Report on vaccination in Madras 1895-1903 - 1895-1903
Year: 1895
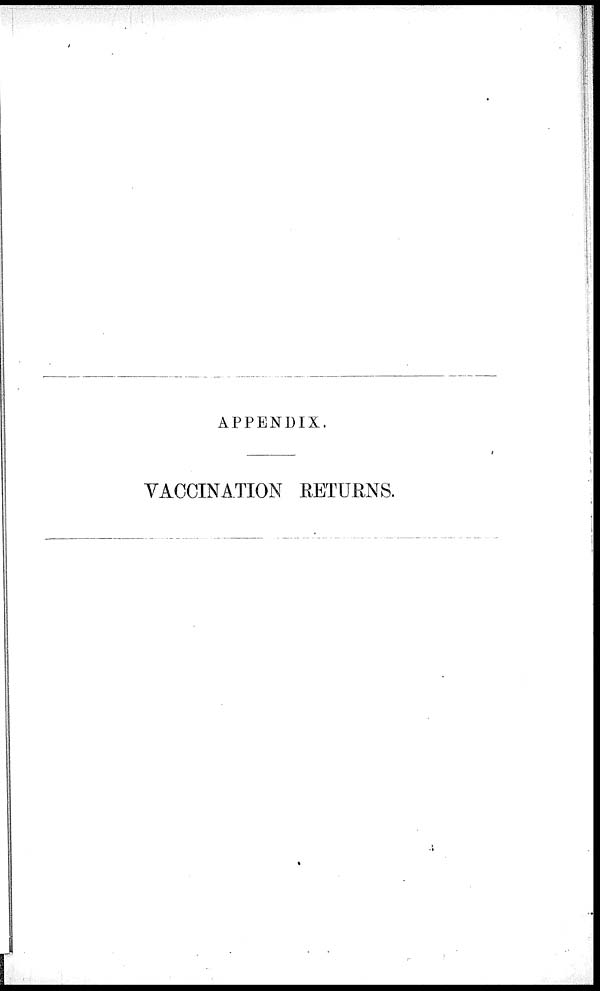
APPENDIX.
VACCINATION RETURNS.
3